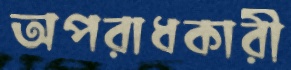
অপরাধকারী